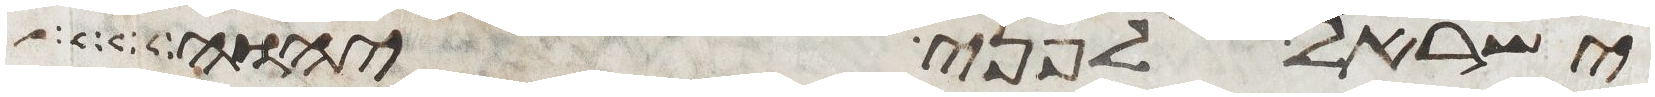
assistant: ישראל לפני יהוה